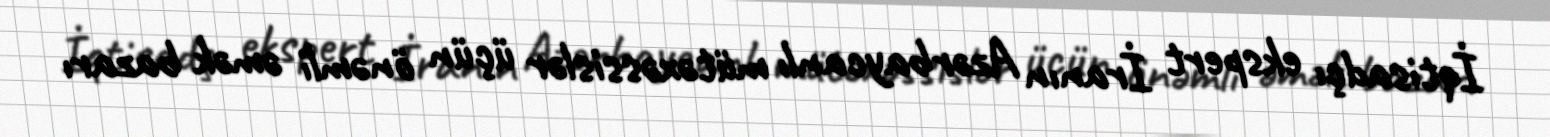
İqtisadçı ekspert İranın Azərbaycanlı mütəxəssislər üçün önəmli əmək bazarı